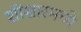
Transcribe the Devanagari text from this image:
शोंशारमध्ये